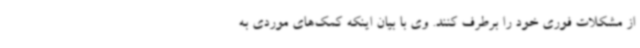
از مشکلات فوری خود را برطرف کنند. وی با بیان اینکه کمک‌های موردی به